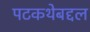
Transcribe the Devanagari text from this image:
पटकथेबद्दल